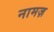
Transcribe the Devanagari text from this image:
नामज़